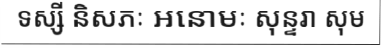
ទស្សី និសភៈ អនោមៈ សុន្ទរា សុម